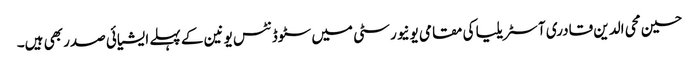
حسین محی الدین قادری آسٹریلیا کی مقامی یونیورسٹی میں سٹوڈنٹس یونین کے پہلے ایشیائی صدر بھی ہیں۔